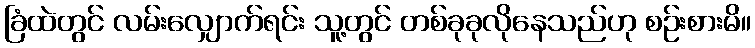
ခြံထဲတွင် လမ်းလျှောက်ရင်း သူ့တွင် တစ်ခုခုလိုနေသည်ဟု စဉ်းစားမိ။